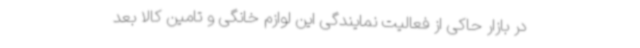
در بازار حاکی از فعالیت نمایندگی این لوازم خانگی و تامین کالا بعد